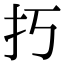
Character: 𢩨